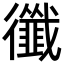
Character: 𢖝